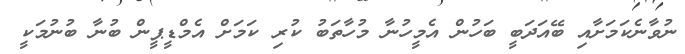
ނުވާނެކަމަށާއި ބޭއަދަބީ ބަހުން އެމީހުނާ މުހާތަބު ކުރި ކަމަށް އެމްޑީޕީން ބުނާ ބުނުމަކީ